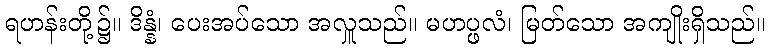
ရဟန်းတို့၌။ ဒိန္နံ၊ ပေးအပ်သော အလှူသည်။ မဟပ္ဖလံ၊ မြတ်သော အကျိုးရှိသည်။